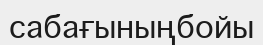
сабағыныңбойы